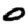
Digit: 0